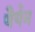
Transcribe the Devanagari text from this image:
थैर्यन